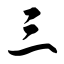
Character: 三